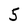
Character: 5